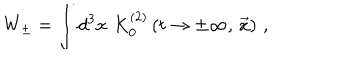
W _ { \pm } = \int d ^ { 3 } x \, \, K _ { 0 } ^ { ( 2 ) } \left( t \to \pm \infty , \, { \vec { x } } \right) \, ,